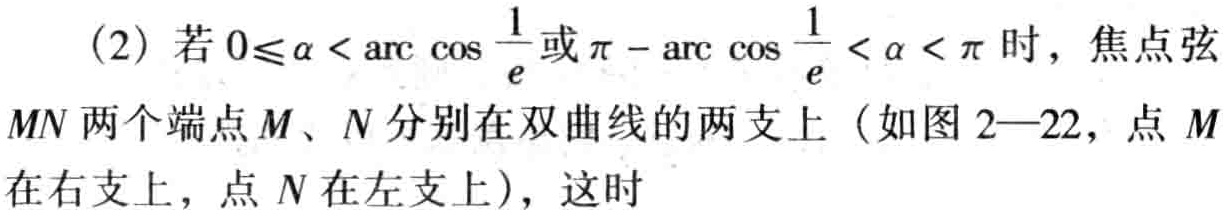
(2) 若 \(0\leqslant\alpha < \arccos\frac{1}{e}\)或\(\pi - \arccos\frac{1}{e}<\alpha < \pi\) 时，焦点弦
\(MN\)两个端点\(M\)、\(N\)分别在双曲线的两支上（如图2—22，点 \(M\)
在右支上，点 \(N\) 在左支上），这时